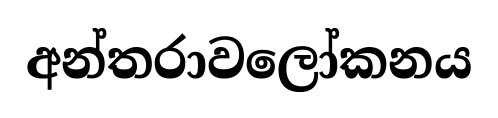
අන්තරාවලෝකනය